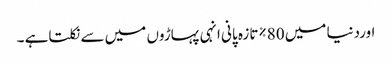
اوردنیا میں 80%تازہ پانی انہی پہاڑوں میں سے نکلتاہے ۔